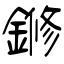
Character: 鎀